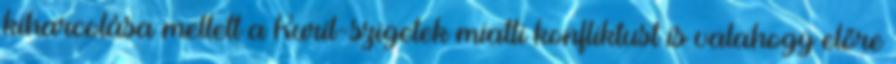
kiharcolása mellett a Kuril-szigetek miatti konfliktust is valahogy előre